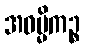
အဓမ္မိကဉ္စ